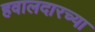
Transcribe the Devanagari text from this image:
हवालदारच्या